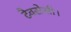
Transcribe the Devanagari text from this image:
टैक्सेसी।